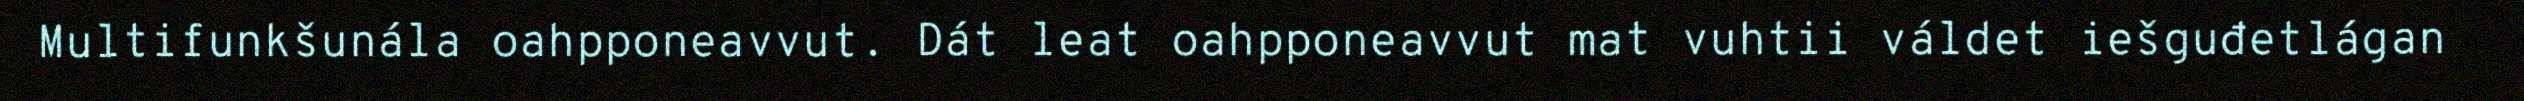
Multifunkšunála oahpponeavvut. Dát leat oahpponeavvut mat vuhtii váldet iešguđetlágan